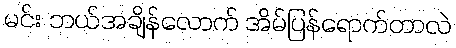
မင်း ဘယ်အချိန်လောက် အိမ်ပြန်ရောက်တာလဲ